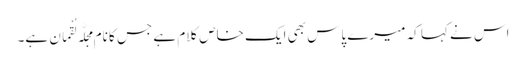
اس نے کہا کہ میرے پاس بھی ایک خاص کلام ہے جس کا نام مَجَلَّہ لُقْمَان ہے۔